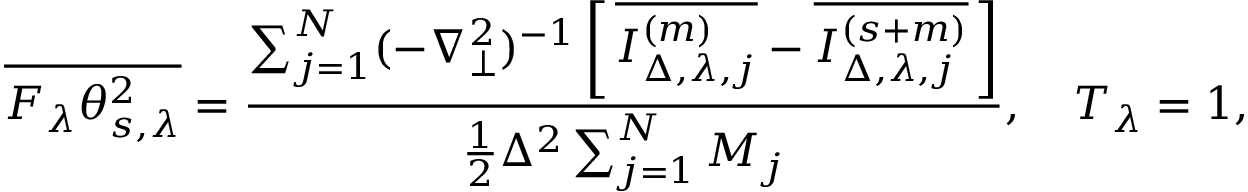
\overline { { F _ { \lambda } \theta _ { s , \lambda } ^ { 2 } } } = \frac { \sum _ { j = 1 } ^ { N } ( - \nabla _ { \perp } ^ { 2 } ) ^ { - 1 } \left[ \, { \overline { { I _ { \Delta , \lambda , j } ^ { ( m ) } } } - \overline { { I _ { \Delta , \lambda , j } ^ { ( s + m ) } } } } \, \right] } { \frac { 1 } { 2 } \Delta ^ { 2 } \sum _ { j = 1 } ^ { N } M _ { j } } , \quad T _ { \lambda } = 1 ,